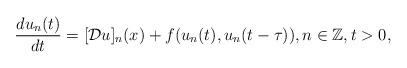
LaTeX: \begin{align*}\frac{du_n(t)}{dt}= [\mathcal{D}u]_n(x)+f(u_n(t),u_n(t-\tau)),n\in \mathbb{Z}, t>0, \end{align*}